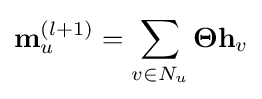
\mathbf {m} _{u}^{(l+1)}=\sum _{v\in N_{u}}\mathbf {\Theta } \mathbf {h} _{v}